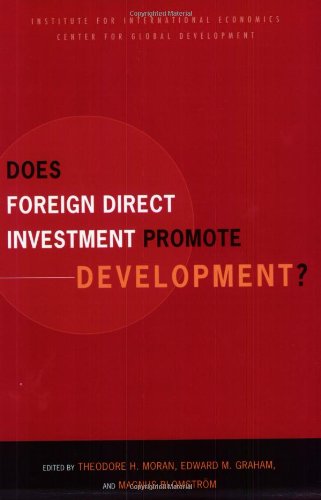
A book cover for Does Foreign Direct Investment Promote Development? New Methods, Outcomes and Policy Approaches (Institute for International Economics Monograph Titles); Theodore H. Moran; Business & Money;